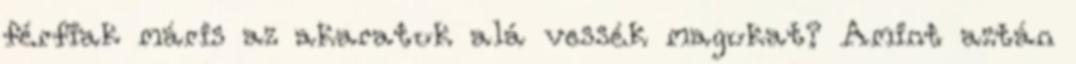
férfiak máris az akaratuk alá vessék magukat? Amint aztán